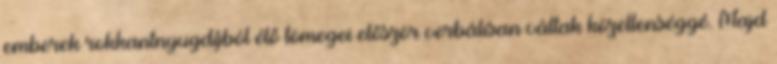
emberek rokkantnyugdíjból élő tömegei először verbálisan váltak közellenséggé. Majd